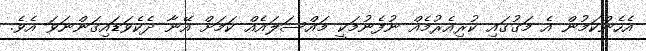
އެހެންކަމުން އެ މަގުގައި ކުރިއެރުމެއް ނުފެނުމަކީ މައްސަލައެއް ކަމަށް އޭނާ ދެކެވަޑައިގަންނަވަ އެވެ.